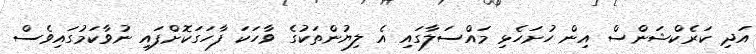
އަދި ކަރެކްޝަންސް އިން ހުށަހެޅި މައްސަލާގައި އެ ލިޔުންތަކުގެ ވާހަކަ ފާހަގަކޮށްފައި ނުވާކަމުގައިވެސް